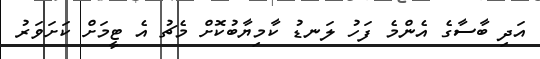
އަދި ބާސާގެ އެންމެ ފަހު ލަނޑު ކާމިޔާބުކޮށް މެޗު އެ ޓީމަށް ކަށަވަރު